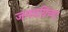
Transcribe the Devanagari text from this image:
जमदग्निंच्या